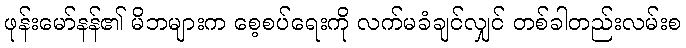
ဖုန်းမော်နန်၏ မိဘများက စေ့စပ်ရေးကို လက်မခံချင်လျှင် တစ်ခါတည်းလမ်းစ